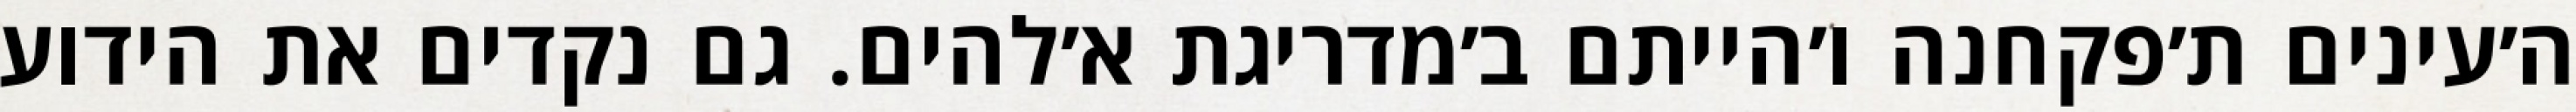
ה׳עינים ת׳פקחנה ו׳הייתם ב׳מדריגת א׳להים. גם נקדים את הידוע